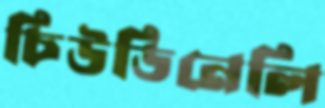
চিউডিনেলি